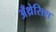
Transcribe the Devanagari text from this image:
अँथ्रेसिस